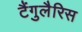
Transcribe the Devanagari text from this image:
टैंगुलैरिस